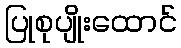
ပြုစုပျိုးထောင်